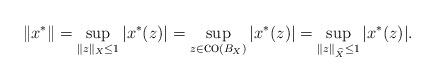
LaTeX: \begin{align*}\|x^*\|=\sup_{\|z\|_X\leq 1}|x^*(z)|=\sup_{z\in \mbox{co}(B_X)}|x^*(z)|=\sup_{\|z\|_{\widehat{X}}\leq 1}|x^*(z)|.\end{align*}